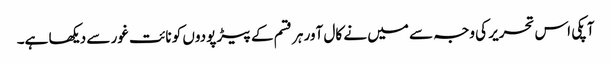
آپکی اس تحریر کی وجہ سے میں نے کال آور ہر قسم کے پیڑ پودوں کو نائت غور سے دیکھا ہے۔